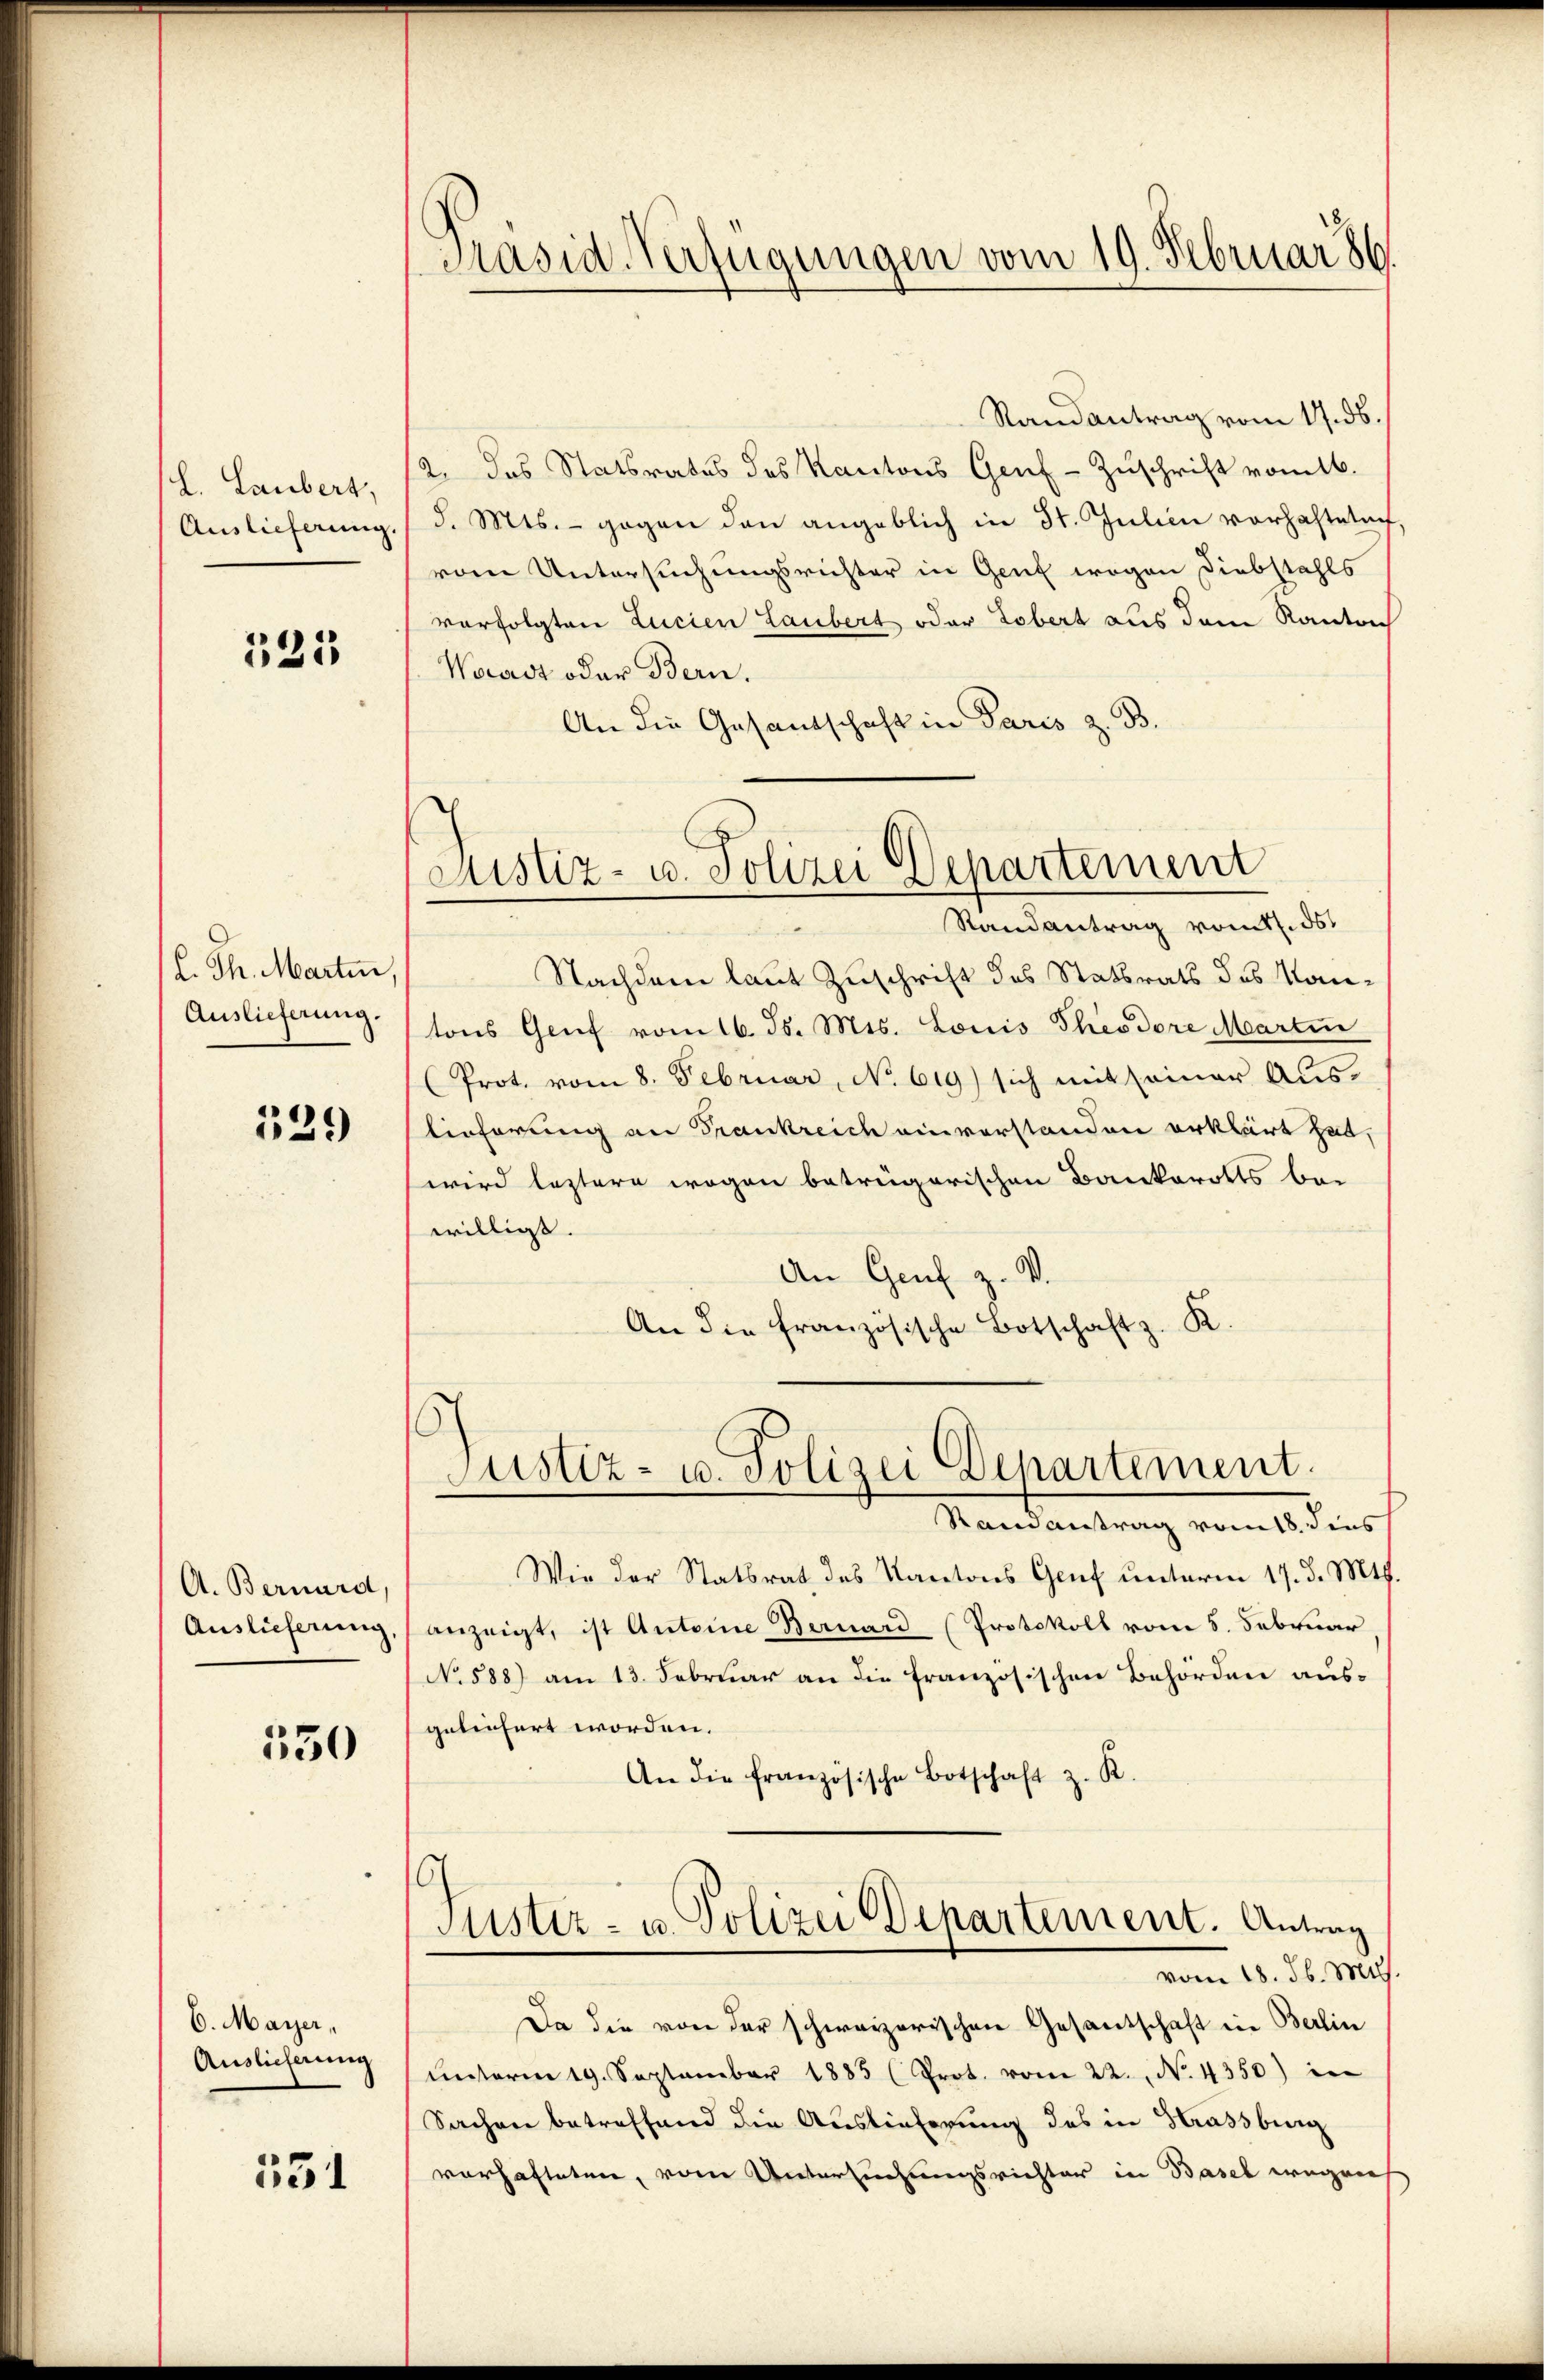
L. Laubert,
Auslieferung.

335

(L. Th. Marten
Auslieferung.

129

A. Bernard
Auslieferung

550

6. Mayer,
Auslieferung

531

Präsid-Verfügungen vom 19. Februar 186

Randantrag vom 17. ds.
12. das Statsrates des Kantons Genf - Zuschrift vom 16.
d. Mts. - gegen den angeblich in St. Julien vorhafteten.
vom Untersuchungsrichter in Genf wegen Diebstahls
vorfolgten Lucien Laubert oder Lobert aus dem Kanton
Waadt oder Bern.
An die Gesandschaft in Paris z. B.
Nachdem laut Zuschrift des Statsrats des Mantons Genf vom 16. ds. Mts. Louis Theodore Martin
(Prot. vom 8. Februar, No. 619) sich mit seiner Aŭs-
lieferung an Frankreich einvorstanden erklärt hat,
wird leztere wegen betrügerischen Bankerotts be-
willigt.
An Genf z. V.
An die französische Botschaft z. K.
1
Justiz- u. Polizei Departement.
Randantrag vom 18. dens
Wie der Statsrat des Kantons Genf unterm 17. d. Mts.
anzeigt, ist Antoine Bernard (Protokoll vom 5. Februar
No 588) am 13. Februar an die französischen Behörden ausgeleichert worden.
An die französische Botschaft z. R.
6
Fister- u. Polizei Departement. Antrag
vom 18. Jb. Mts.
Da die von der schweizerischen Gesandschaft in Berlin
ŭnterm 19. September 1885 (Prot. vom 22. No. 4350) in
Sachen betreffend die Auslieferung des in Strassburg
vorhafteten, vom Untersuchungsrichter in Basel wegen

Justiz- u. Polizei Departement
Randantrag vomtl. 36